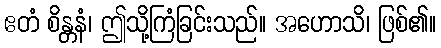
ဧတံ စိန္တနံ၊ ဤသို့ကြံခြင်းသည်။ အဟောသိ၊ ဖြစ်၏။